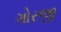
ગોરજી